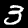
Label: 3